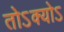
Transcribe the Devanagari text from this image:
तोऽक्योऽ